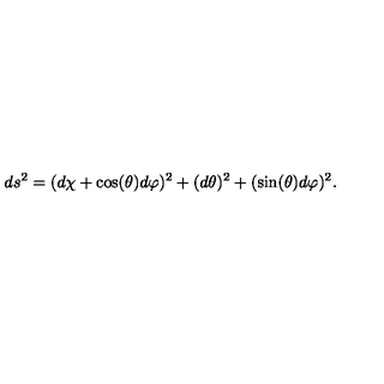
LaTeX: d s ^ { 2 } = ( d \chi + \cos ( \theta ) d \varphi ) ^ { 2 } + ( d \theta ) ^ { 2 } + ( \sin ( \theta ) d \varphi ) ^ { 2 } .